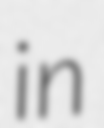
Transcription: in